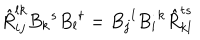
\hat { R } _ { i j } ^ { l k } B _ { k } { } ^ { s } B _ { l } { } ^ { t } = B _ { j } { } ^ { l } B _ { i } { } ^ { k } \hat { R } _ { k l } ^ { t s }